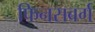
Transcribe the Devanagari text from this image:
फिनसबर्ग